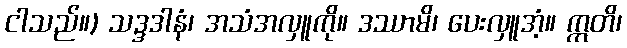
ငါသည်။) သဒ္ဒဒါနံ၊ အသံအလှူကို။ ဒဿာမိ၊ ပေးလှူအံ့။ ဣတိ၊